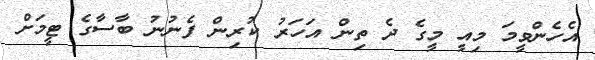
އެހެންވީމަ މިއީ މީގެ ދެ ތިން އަހަރު ކުރިން ފެނުނު ބާސާގެ ޓީމަށް